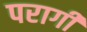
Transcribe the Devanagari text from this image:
परागी